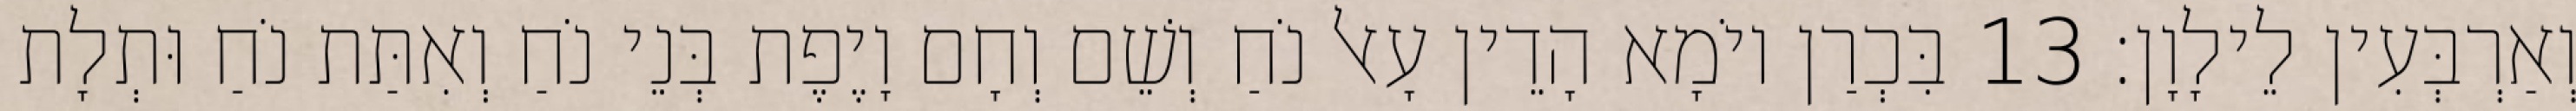
וְאַרְבְּעִין לֵילָוָן׃ 13 בִּכְרַן יוֹמָא הָדֵין עָאל נֹחַ וְשֵׁם וְחָם וָיֶפֶת בְּנֵי נֹחַ וְאִתַּת נֹחַ וּתְלָת